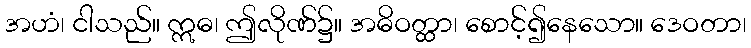
အဟံ၊ ငါသည်။ ဣဓ၊ ဤလိုဏ်၌။ အဓိဝတ္ထာ၊ စောင့်၍နေသော။ ဒေဝတာ၊